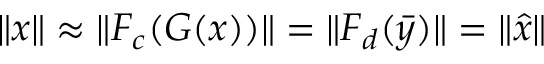
\lVert x \rVert \approx \lVert F _ { c } ( G ( x ) ) \rVert = \lVert F _ { d } ( \bar { y } ) \rVert = \lVert \hat { x } \rVert